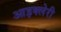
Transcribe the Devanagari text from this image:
आइक्लेरी